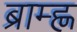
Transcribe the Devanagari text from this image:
ब्राम्ह्ण